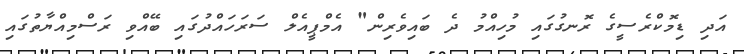
އަދި ޑިމޮކްރެސީގެ ރޮނގުގައި މުހިއްމު ދެ ބައިވެރިން" އެމްޕީއެލް ސަރަހައްދުގައި ބޭއްވި ރަސްމިއްޔާތުގައި